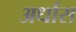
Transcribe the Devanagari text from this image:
अर्धास